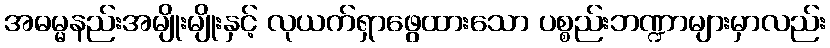
အဓမ္မနည်းအမျိုးမျိုးနှင့် လုယက်ရှာဖွေထားသော ပစ္စည်းဘဏ္ဍာများမှာလည်း